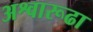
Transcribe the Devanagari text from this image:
अश्वारूढा